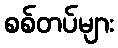
စစ်တပ်များ